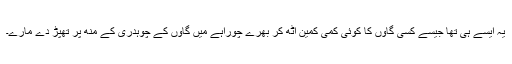
یہ ایسے ہی تھا جیسے کسی گاوں کا کوئی کمی کمین اٹھ کر بھرے چوراہے میں گاوں کے چوہدری کے منھ پر تھپڑ دے مارے۔